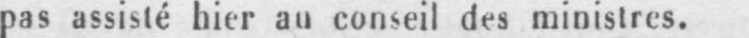
pas assisté hier au conseil des ministres.